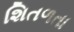
શિતળતા